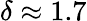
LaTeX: \delta\approx 1.7